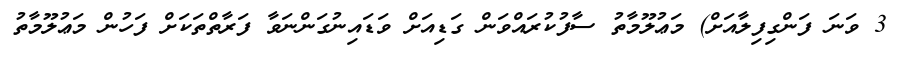
3 ވަނަ ފަންގިފިލާއަށް) މަޢުލޫމާތު ސާފުކުރައްވަން ގަޑިއަށް ވަޑައިނުގަންނަވާ ފަރާތްތަކަށް ފަހުން މަޢުލޫމާތު